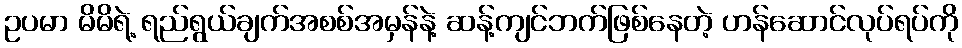
ဥပမာ မိမိရဲ့ ရည်ရွယ်ချက်အစစ်အမှန်နဲ့ ဆန့်ကျင်ဘက်ဖြစ်နေတဲ့ ဟန်ဆောင်လုပ်ရပ်ကို